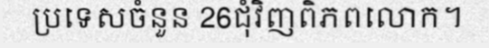
ប្រទេសចំនួន 26ជុំវិញពិភពលោក។